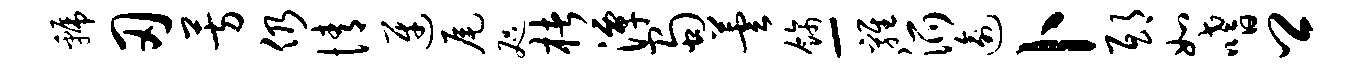
虢刃芳仍情迓尾咫楮潭蜀芸饰-鸡派逾卜邸如嗜卿